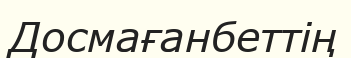
Досмағанбеттің